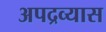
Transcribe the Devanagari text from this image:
अपद्रव्यास